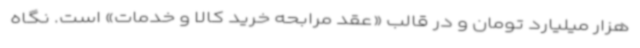
هزار میلیارد تومان و در قالب «عقد مرابحه خرید کالا و خدمات» است. نگاه